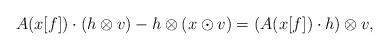
LaTeX: \begin{align*} A(x[f]) \cdot (h\otimes v) - h\otimes (x\odot v)= (A(x[f])\cdot h)\otimes v,\end{align*}